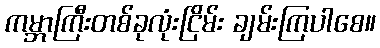
ကမ္ဘာကြီးတစ်ခုလုံးငြိမ်း ချမ်းကြပါစေ။